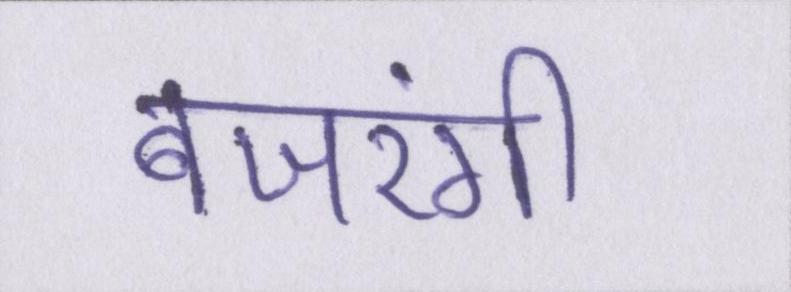
बजरंगी